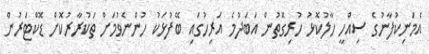
އެމަނިކުފާނުގެ ސިއްހީ ހާލުކޮޅު ހުރިގޮތުން އަބަދުމެ އަރިހުގައި ބޭފުޅަކު ހުންނެވުމަށް ތަކުރާރުކޮށް ޑޮކްޓަރުން